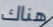
هناك